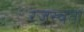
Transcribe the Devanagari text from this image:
रजस्वता